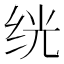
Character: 𬘢